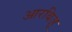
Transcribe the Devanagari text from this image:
आरबिज़ू